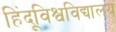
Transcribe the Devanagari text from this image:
हिंदूविश्वविद्यालय